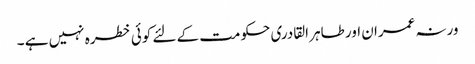
ورنہ عمران اور طاہر القادری حکومت کے لئے کوئی خطرہ نہیں ہے ۔